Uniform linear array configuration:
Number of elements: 48
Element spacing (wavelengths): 0.25
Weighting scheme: uniform
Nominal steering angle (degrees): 15
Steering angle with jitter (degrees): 15.671
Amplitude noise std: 0.05
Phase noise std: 0.05

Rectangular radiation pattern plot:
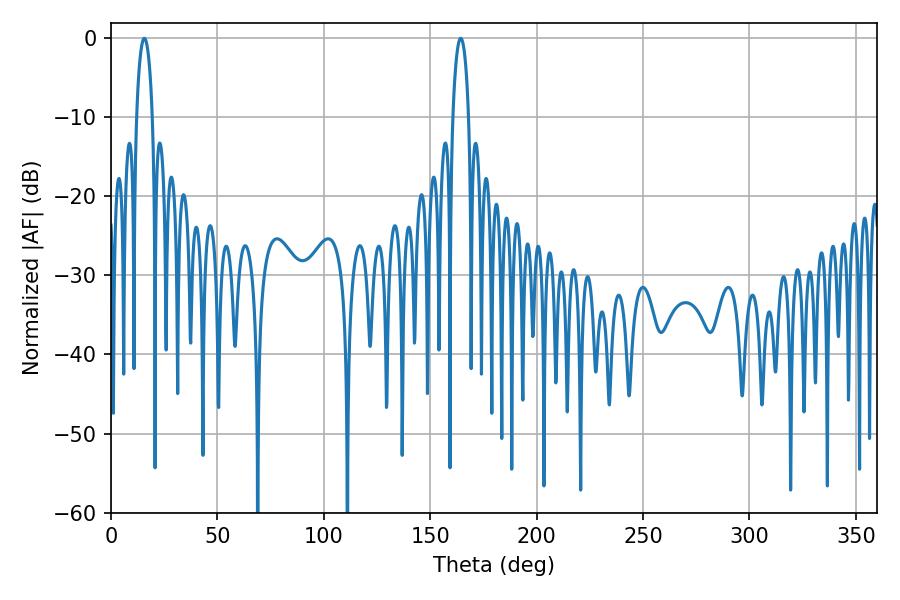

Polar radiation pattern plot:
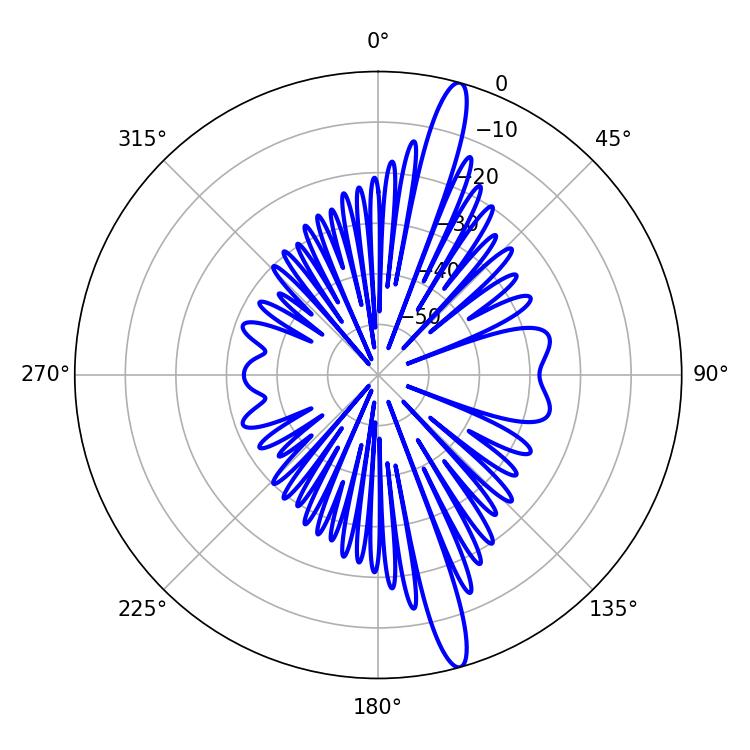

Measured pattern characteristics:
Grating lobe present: FALSE
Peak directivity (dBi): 16.226
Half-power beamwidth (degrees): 4.32
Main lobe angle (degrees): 15.66